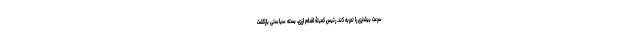
سرعت بیشتری را تجربه کند. رئیس کمیتۀ اقدام ارزی، بسته سیاستی بازگشت